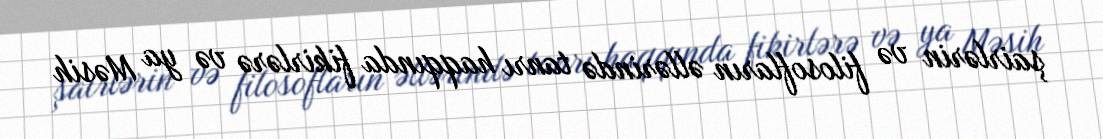
şairlərin və filosofların əllərində tanrı haqqında fikirlərə və ya Məsih